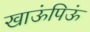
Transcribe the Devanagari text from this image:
खाऊंपिऊं